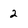
Character: 2